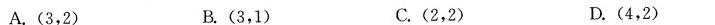
A.(3，2) B.(3，1) C.(2，2) D.(4，2)